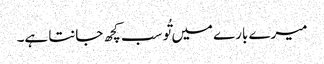
میرے بارے میں تُو سب کچھ جانتا ہے۔